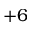
+ 6